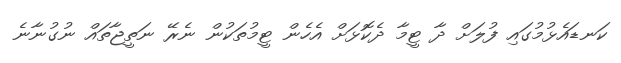
ކަނޑައެޅުމުގައި ފުލަށް ދާ ޓީމާ ދެކޮޅަށް އެހެން ޓީމުތަކުން ނެރޭ ނަތީޖާތައް ނުގުނާނެ